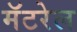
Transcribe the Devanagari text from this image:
मॅटरेल